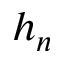
h _ { n }